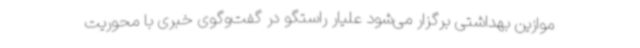
موازین بهداشتی برگزار می‌شود علیار راستگو در گفت‌وگوی خبری با محوریت